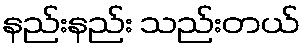
နည်းနည်း သည်းတယ်